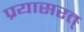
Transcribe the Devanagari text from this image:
प्रयासरत्